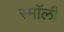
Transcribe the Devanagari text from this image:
स्माॅली